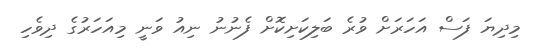
މިދިޔަ ފަސް އަހަރަށް ވުރެ ބަލިކަށިކޮށް ފެނުނު ނިއު ވަނީ މިއަހަރުގެ ދިވެހި